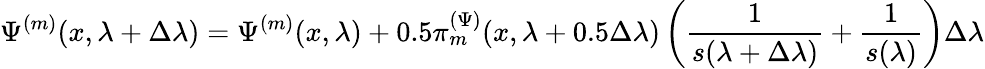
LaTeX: \Psi^{(m)}(x,\lambda+\Delta\lambda)=\Psi^{(m)}(x,\lambda)+0.5\pi_{m}^{(\Psi)}(x,\lambda+0.5\Delta\lambda)\left(\frac{1}{s(\lambda+\Delta\lambda)}+\frac{1}{s(\lambda)}\right)\Delta\lambda